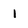
Character: 1